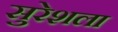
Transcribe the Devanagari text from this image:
सुरेशला